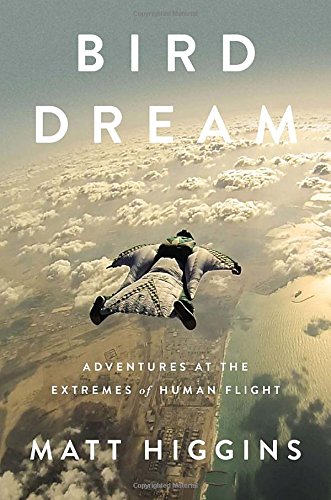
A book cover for Bird Dream: Adventures at the Extremes of Human Flight; Matt Higgins; Sports & Outdoors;